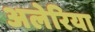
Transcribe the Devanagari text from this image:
अलेरिया